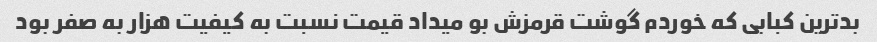
بدترین کبابی که خوردم گوشت قرمزش بو میداد قیمت نسبت به کیفیت هزار به صفر بود